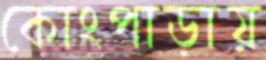
কোংপাড়ায়